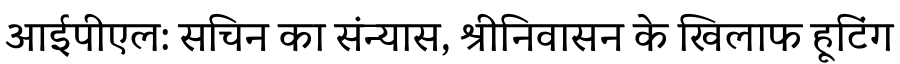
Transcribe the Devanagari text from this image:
आईपीएल: सचिन का संन्यास, श्रीनिवासन के खिलाफ हूटिंग